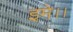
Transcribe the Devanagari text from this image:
इमे।।